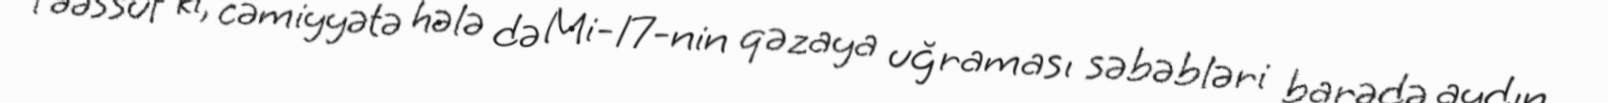
Təəssüf ki, cəmiyyətə hələ də Mi-17-nin qəzaya uğraması səbəbləri barədə aydın